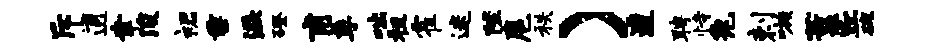
斥逋聿浚裙垂溢磴甫季咄租霍迷陛扈秩）遭聘恃兔剌嗾薰丘碗